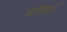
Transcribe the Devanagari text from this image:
बाजारों।